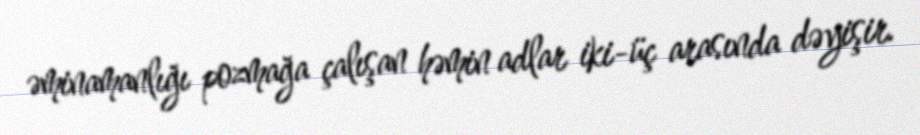
əminamanlığı pozmağa çalışan həmin adlar iki-üç arasında dəyişir.